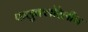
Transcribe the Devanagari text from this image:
फलुक्‍लोरेलीन